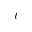
\iota